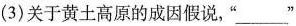
(3)关于黄土高原的成因假说，”___ ”